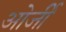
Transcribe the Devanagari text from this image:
ओर्जी